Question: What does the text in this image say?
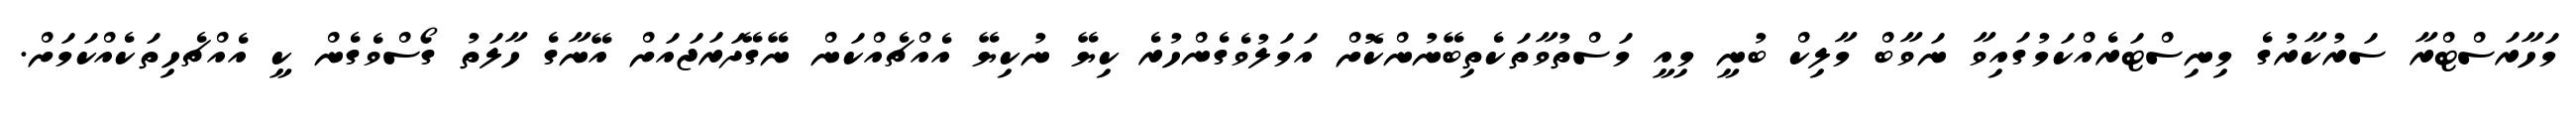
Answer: މަހާރަސްޓްރާ ސަރުކާރުގެ މިނިސްޓަރެއްކަމުގައިވާ ނަވާބް މާލިކް ބުނީ މިއީ މަސްތުވާތަކެތިބޭނުންކޮށް އަމަލުވެގެންހުރެ ކިޔޭ ނުކިޔޭ އެއްޗެއްކަން ނޭގޭދަރަޖައަށް އޭނާގެ ހާލަތު ގޯސްވެގެން ކީ އެއްޗެހިތަކެއްކަމަށް.